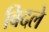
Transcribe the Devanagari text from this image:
बिदले